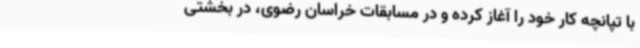
با تپانچه کار خود را آغاز کرده و در مسابقات خراسان رضوی، در بخشتی